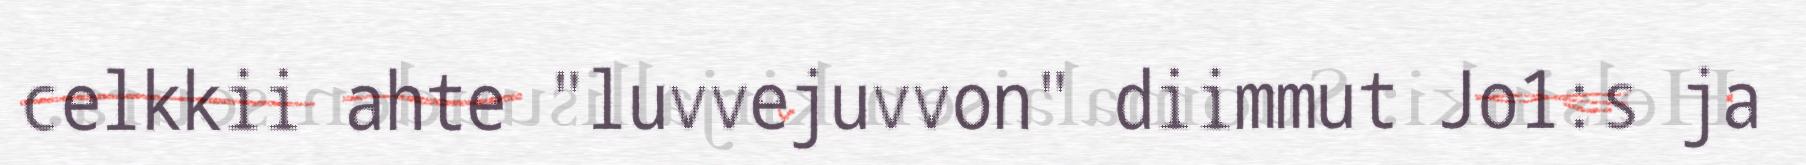
celkkii ahte "luvvejuvvon" diimmut Jo1:s ja